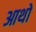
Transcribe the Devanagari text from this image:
आथो